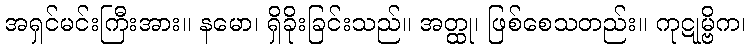
အရှင်မင်းကြီးအား။ နမော၊ ရှိခိုးခြင်းသည်။ အတ္ထု၊ ဖြစ်စေသတည်း။ ကုဋုမ္ဗိက၊